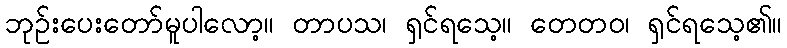
ဘုဉ်းပေးတော်မူပါလော့။ တာပသ၊ ရှင်ရသေ့။ တေတဝ၊ ရှင်ရသေ့၏။